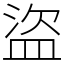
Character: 盜